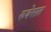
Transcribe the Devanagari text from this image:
रुवेसत